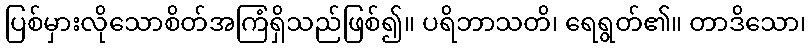
ပြစ်မှားလိုသောစိတ်အကြံရှိသည်ဖြစ်၍။ ပရိဘာသတိ၊ ရေရွတ်၏။ တာဒိသော၊